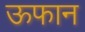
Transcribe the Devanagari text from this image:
ऊफान